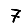
Digit: 7